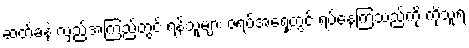
ဆတ်ခနဲ လှည့်အကြည့်တွင် ရန်သူများ ဇရပ်အရှေ့တွင် ရပ်နေကြသည်ကို ကိုသူရ